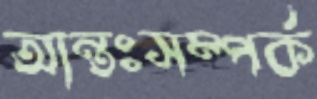
আন্তঃসম্পর্ক